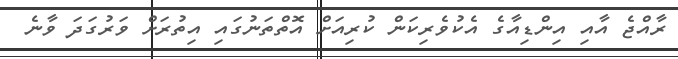
ރާއްޖެ އާއި އިންޑިއާގެ އެކުވެރިކަން ކުރިއަށް އޮތްތަނުގައި އިތުރަށް ވަރުގަދަ ވާނެ